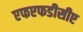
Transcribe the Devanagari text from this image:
एफएफडीसीए